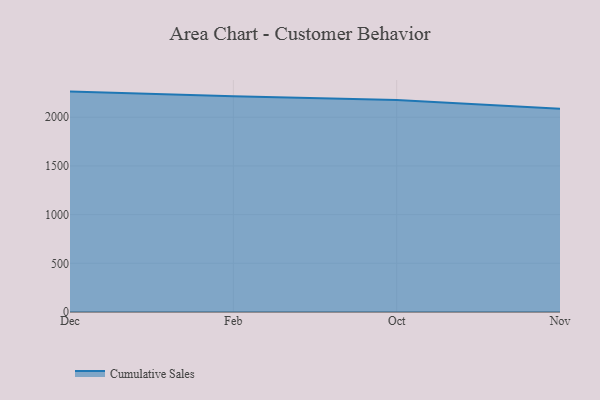
{"axis": {"x": "Month", "y": "Website Visitors"}, "legend": ["Cumulative Sales"], "data": [{"x": "Dec", "y": 2263.3, "type": "Cumulative Sales"}, {"x": "Feb", "y": 2215.1, "type": "Cumulative Sales"}, {"x": "Oct", "y": 2178.2, "type": "Cumulative Sales"}, {"x": "Nov", "y": 2086.1, "type": "Cumulative Sales"}]}